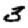
Digit: 3